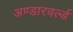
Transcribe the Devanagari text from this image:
अण्डारवर्ल्ड